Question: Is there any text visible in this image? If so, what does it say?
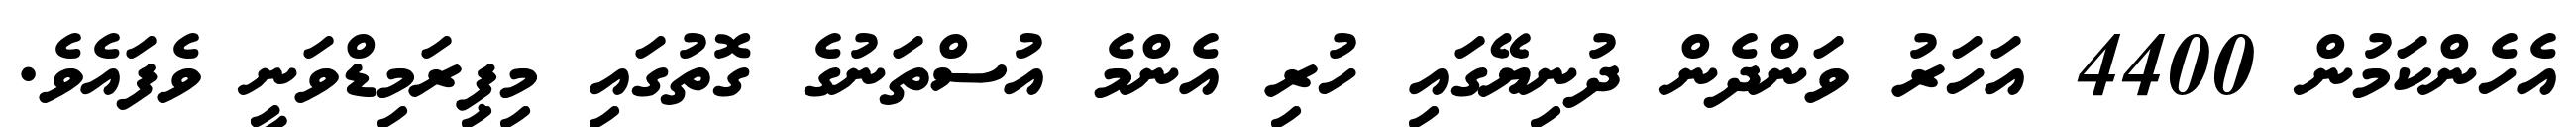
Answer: އެހެންކަމުން 4400 އަހަރު ވަންދެން ދުނިޔޭގައި ހުރި އެންމެ އުސްތަނުގެ ގޮތުގައި މިޕިރަމިޑްވަނީ ވެފައެވެ.